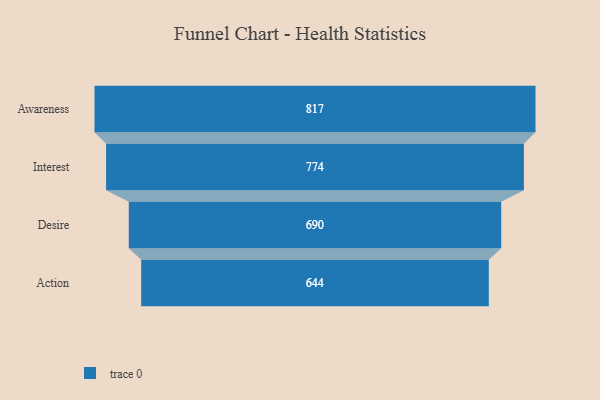
{"axis": {"x": "Stage", "y": "Value"}, "legend": [""], "data": [{"x": "Awareness", "y": 817.0, "type": ""}, {"x": "Interest", "y": 774.0, "type": ""}, {"x": "Desire", "y": 690.0, "type": ""}, {"x": "Action", "y": 644.0, "type": ""}]}